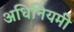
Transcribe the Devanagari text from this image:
अधिनियमी